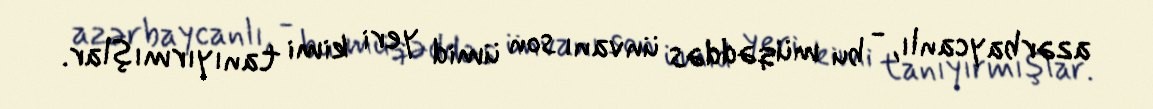
azərbaycanlı, - bu müqəddəs ünvanı son ümid yeri kimi tanıyırmışlar.